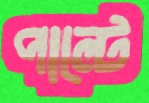
পাল্‌টে